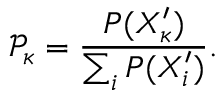
\mathcal { P } _ { \kappa } = \frac { P ( X _ { \kappa } ^ { \prime } ) } { \sum _ { i } P ( X _ { i } ^ { \prime } ) } .